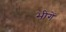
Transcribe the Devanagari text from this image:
भीगें